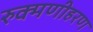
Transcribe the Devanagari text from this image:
रुक्मणीहरण